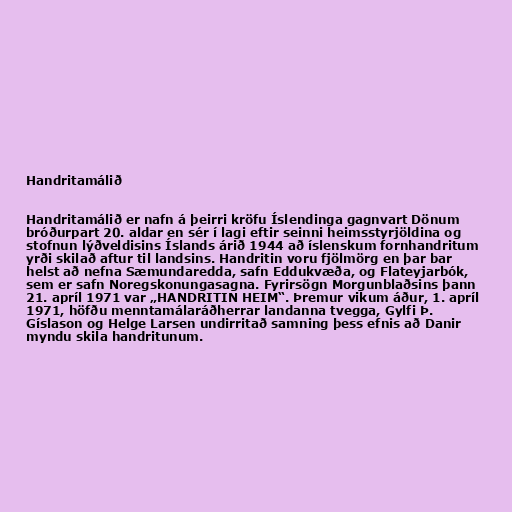
Handritamálið

Handritamálið er nafn á þeirri kröfu Íslendinga gagnvart Dönum
bróðurpart 20. aldar en sér í lagi eftir seinni heimsstyrjöldina og
stofnun lýðveldisins Íslands árið 1944 að íslenskum fornhandritum
yrði skilað aftur til landsins. Handritin voru fjölmörg en þar bar
helst að nefna Sæmundaredda, safn Eddukvæða, og Flateyjarbók,
sem er safn Noregskonungasagna. Fyrirsögn Morgunblaðsins þann
21. apríl 1971 var „HANDRITIN HEIM“. Þremur vikum áður, 1. apríl
1971, höfðu menntamálaráðherrar landanna tvegga, Gylfi Þ.
Gíslason og Helge Larsen undirritað samning þess efnis að Danir
myndu skila handritunum.